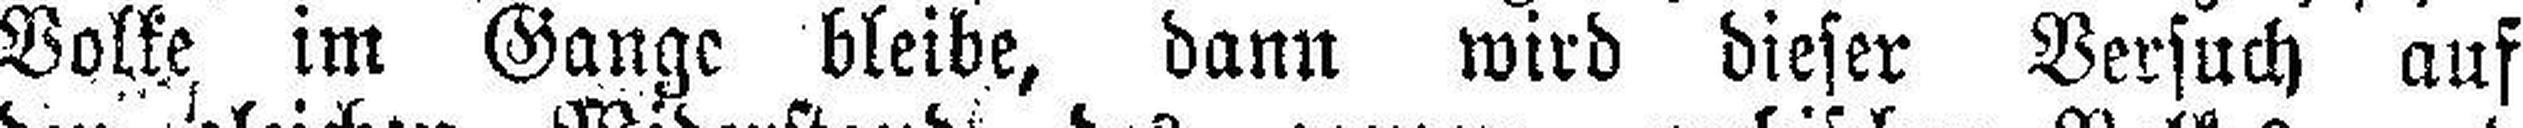
Volke im Gange bleibe, dann wird dieser Versuch auf